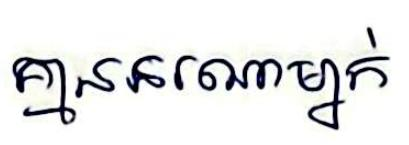
គ្មាននរណាម្នាក់